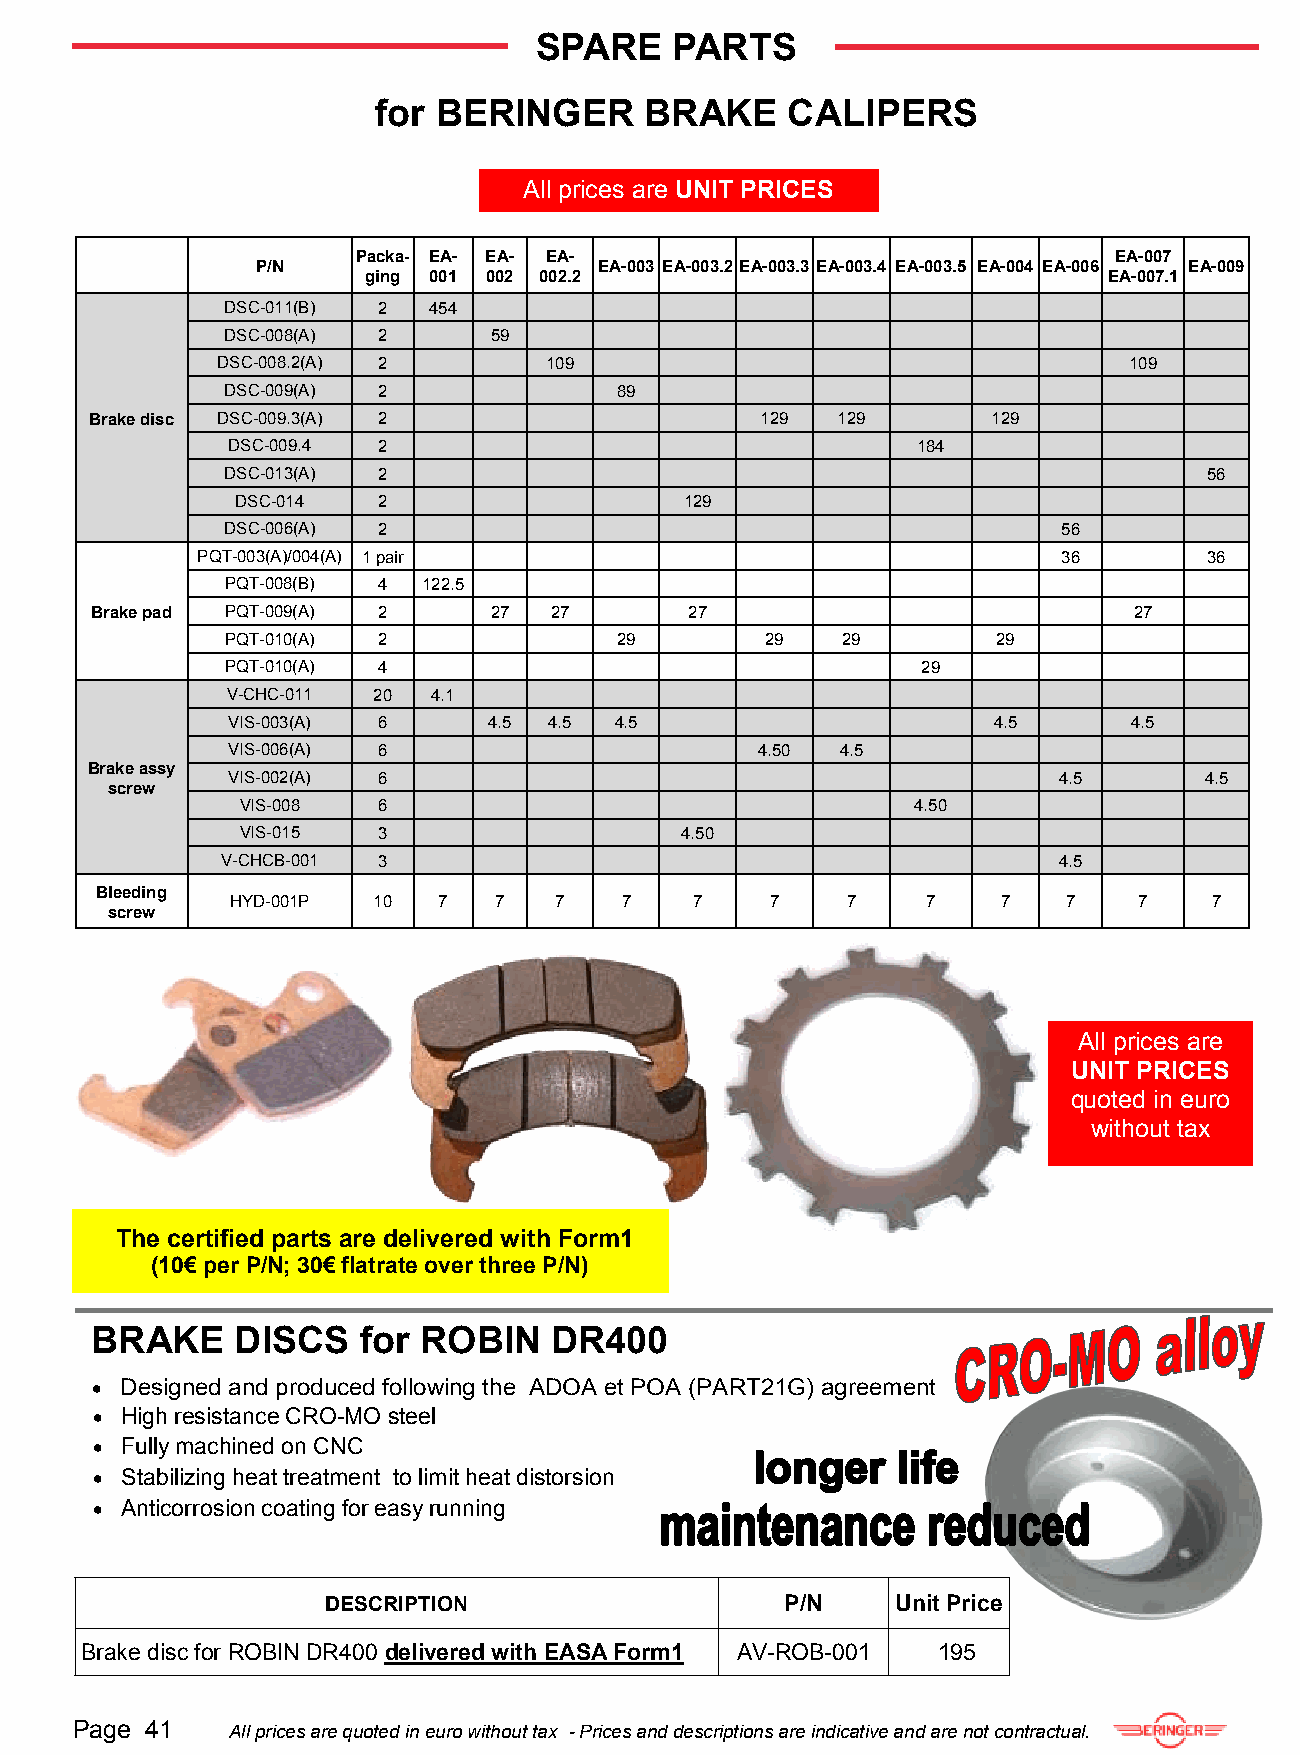
SPARE    PARTS
 for BERINGER      BRAKE    CALIPERS
 All prices are UNIT PRICES
 Packa- EA- EA- EA-                                EA-007
 P/N                    EA-003 EA-003.2 EA-003.3 EA-003.4 EA-003.5 EA-004 EA-006 EA-009
 ging 001 002 002.2                               EA-007.1
 DSC-011(B) 2 454
 DSC-008(A) 2     59
 DSC-008.2(A) 2        109                                    109
 DSC-009(A) 2              89
 Brake disc DSC-009.3(A) 2                   129  129        129
 DSC-009.4 2                                   184
 DSC-013(A) 2                                                     56
 DSC-014  2                   129
 DSC-006(A) 2                                           56
 PQT-003(A)/004(A) 1 pair                                 36        36
 PQT-008(B) 4 122.5
 Brake pad PQT-009(A) 2    27  27        27                           27
 PQT-010(A) 2              29        29   29        29
 PQT-010(A) 4                                  29
 V-CHC-011 20  4.1
 VIS-003(A) 6     4.5 4.5  4.5                      4.5      4.5
 VIS-006(A) 6                       4.50  4.5
 Brake assy
 VIS-002(A) 6                                           4.5       4.5
 screw
 VIS-008  6                                   4.50
 VIS-015  3                   4.50
 V-CHCB-001 3                                           4.5
 Bleeding
 HYD-001P  10  7   7   7   7    7    7    7    7    7    7   7    7
 screw
 All prices are
 UNIT PRICES
 quoted in euro
 without tax
 The certified parts are delivered with Form1
 (10€ per P/N; 30€ flatrate over three P/N)
 BRAKE     DISCS   for ROBIN    DR400
  Designed and produced following the ADOA et POA (PART21G) agreement
  High resistance CRO-MO steel
  Fully machined on CNC
  Stabilizing heat treatment to limit heat distorsion
  Anticorrosion coating for easy running
 DESCRIPTION                   P/N    Unit Price
 Brake disc for ROBIN DR400 delivered with EASA Form1 AV-ROB-001 195
 Page 41   All prices are quoted in euro without tax - Prices and descriptions are indicative and are not contractual.